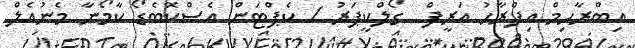
އިބްރާހިމް އިފްރާހު އަރީފް  ގޯލްކީޕަރު / ކެޕްޓަން އެސްކޮބެޑޯ ކާމޯނާ މެނުއެލް